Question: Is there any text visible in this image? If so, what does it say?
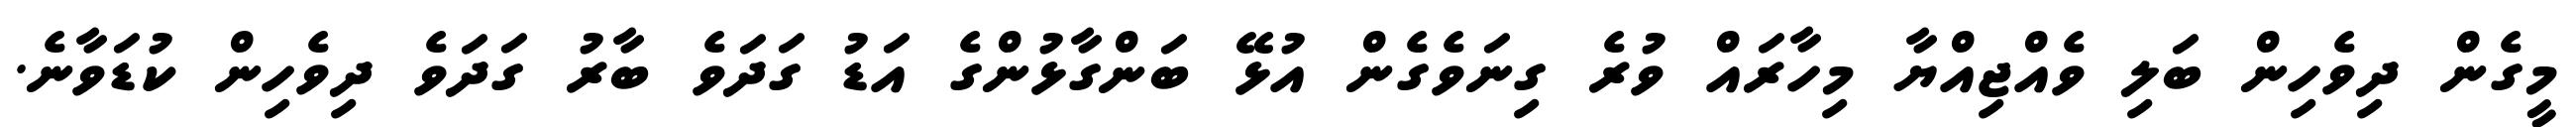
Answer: މީގެން ދިވެހިން ބަލި ވެއްޖިއްޔާ މިހާރައް ވުރެ ގިނަވެގެން އުޅޭ ބަންގާޅުންގެ އަޑު ގަދަވެ ބާރު ގަދަވެ ދިވެހިން ކުޑަވާނެ.